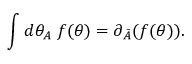
\int d \theta _ { A } \; f ( \theta ) = \partial _ { \bar { A } } ( f ( \theta ) ) .